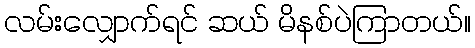
လမ်းလျှောက်ရင် ဆယ် မိနစ်ပဲကြာတယ်။